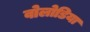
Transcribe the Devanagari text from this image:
वोलोडिया